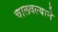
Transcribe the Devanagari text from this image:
चालवल्याने